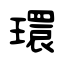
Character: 環